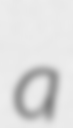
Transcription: a